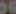
06